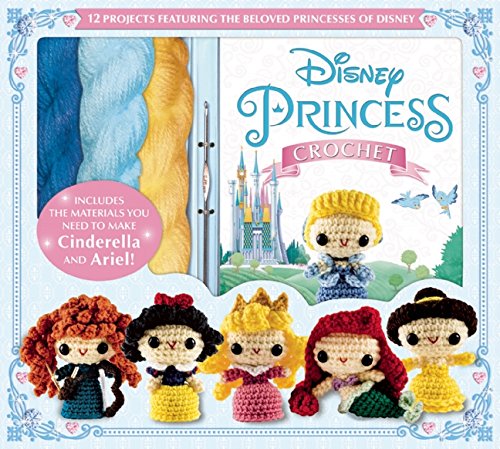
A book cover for Disney Princess Crochet (Crochet Kits); Jessica Ward; Crafts, Hobbies & Home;